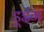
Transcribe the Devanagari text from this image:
डूइंग